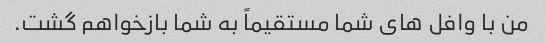
من با وافل های شما مستقیماً به شما بازخواهم گشت.